Medical and sanitary report of the native army of Madras for the year
Year: 1878
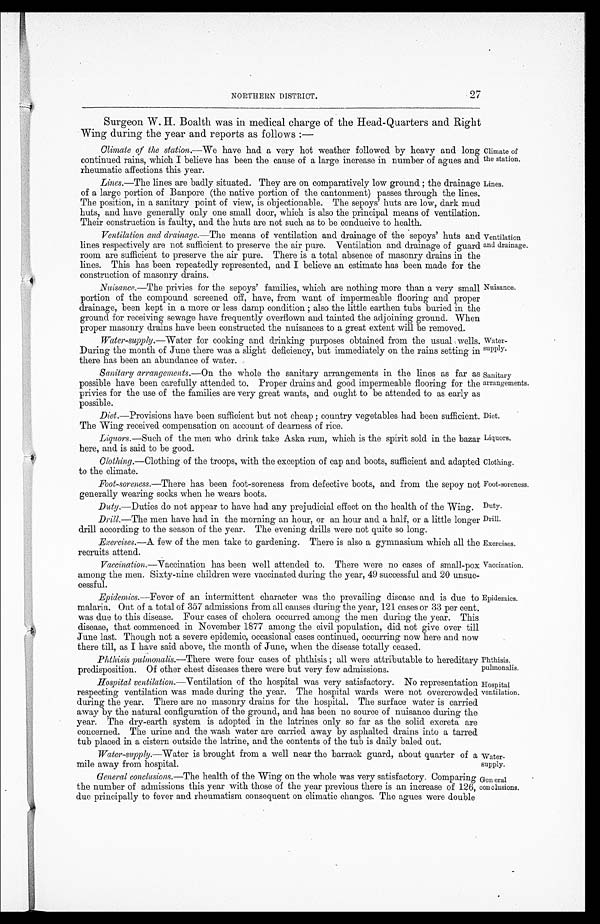
Climate of
the station.
Lines.
Diet.
Liquors.
Clothing.
Foot-soreness.
Duty.
Drill.
Exercises.
Phthisis .
pulmonalis.
Hospital
ventilation.
NORTHERN DISTRICT.
Surgeon W. H. Boalth was in medical charge of the Head-Quarters and Right
Wing during the year and reports as follows : —
Climate of the station .—We have had a very hot weather followed by heavy and long
continued rains, which I believe has been the cause of a large increase in number of agues and
rheumatic affections this year.
Lines .—The lines are badly situated. They are on comparatively low ground; the drainage
of a large portion of Banpore (the native portion of the cantonment) passes through the lines.
The position, in a sanitary point of view, is objectionable. The sepoys' huts are low, dark mud
huts, and have generally only one small door, which is also the principal means of ventilation.
Their construction is faulty, and the huts are not such as to be conducive to health.
Ventilation and drainage.—The means of ventilation and drainage of the sepoys' huts and
lines respectively are not sufficient to preserve the air pure. Ventilation and drainage of guard
room are sufficient to preserve the air pure. There is a total absence of masonry drains in the
lines. This has been repeatedly represented, and I believe an estimate has been made for the
construction of masonry drains.
Nuisance .—The privies for the sepoys' families, which are nothing more than a very small
portion of the compound screened off, have, from want of impermeable flooring and proper
drainage, been kept in a more or less damp condition; also the little earthen tubs buried in the
ground for receiving sewage have frequently overflown and tainted the adjoining ground. When
proper masonry drains have been constructed the nuisances to a great extent will be removed.
Water-supply.—Water for cooking and drinking purposes obtained from the usual wells.
During the month of June there was a slight deficiency, but immediately on the rains setting in
there has been an abundance of water.
Ventilation
and drainage.
Nuisance.
Water
-supply.
Sanitary arrangements .—On the whole the sanitary arrangements in the lines as far as
possible have been carefully attended to. Proper drains and good impermeable flooring for the
privies for the use of the families are very great wants, and ought to be attended to as early as
possible.
Diet .—Provisions have been sufficient but not cheap; country vegetables had been sufficient
.
The Wing received compensation on account of dearness of rice.
Liquors .—Such of the men who drink take Aska rum, which is the spirit sold in the bazar
here, and is said to be good.
Clothing .—Clothing of the troops, with the exception of cap and boots, sufficient and adapted
to the climate.
Foot-soreness .—There has been foot-soreness from defective boots, and from the sepoy not
generally wearing socks when he wears boots.
Duty.—Duties do not appear to have had any prejudicial effect on the health of the Wing.
Drill.—The men have had in the morning an hour, or an hour and a half, or a little longer
drill according to the season of the year. The evening drills were not quite so long.
Exercises .—A few of the men take to gardening. There is also a gymnasium which all the
recruits attend.
Sanitary
arrangements.
Vaccination .—Vaccination has been well attended to. There were no cases of small-pox
among the men. Sixty-nine children were vaccinated during the year, 49 successful and 20 unsuc
-
cessful.
Epidemics.—Fever of an intermittent character was the prevailing disease and is due to
malaria. Out of a total of 357 admissions from all causes during the year, 121 cases or 33 per cent.
was due to this disease. Four cases of cholera occurred among the men during the year. This
disease, that commenced in November 1877 among the civil population, did not give over till
June last. Though not a severe epidemic, occasional cases continued, occurring now here and now
there till, as I have said above, the month of June, when the disease totally ceased.
Phthisis pulmonalis .—There were four cases of phthisis; all were attributable to hereditary
predisposition. Of other chest diseases there were but very few admissions.
Hospital ventilation.—Ventilation of the hospital was very satisfactory. No representation
respecting ventilation was made during the year. The hospital wards were not overcrowded
during the year. There are no masonry drains for the hospital. The surface water is carried
away by the natural configuration of the ground, and has been no source of nuisance during the
year. The dry-earth system is adopted in the latrines only so far as the solid excreta are
concerned. The urine and the wash water are carried away by asphalted drains into a tarred
tub placed in a cistern outside the latrine, and the contents of the tub is daily baled out.
Vaccination.
Epidemics.
Water-supply.—Water is brought from a well near the barrack guard, about quarter of a
mile away from hospital.
General conclusions.—The health of the Wing on the whole was very satisfactory. Comparing
the number of admissions this year with those of the year previous there is an increase of 126,
due principally to fever and rheumatism consequent on climatic changes. The agues were double
Water
-
supply.
General
conclusions.